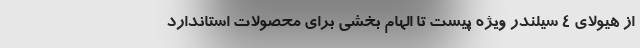
از هیولای 4 سیلندر ویژه پیست تا الهام بخشی برای محصولات استاندارد